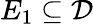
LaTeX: E_{1}\subseteq{\mathcal{D}}